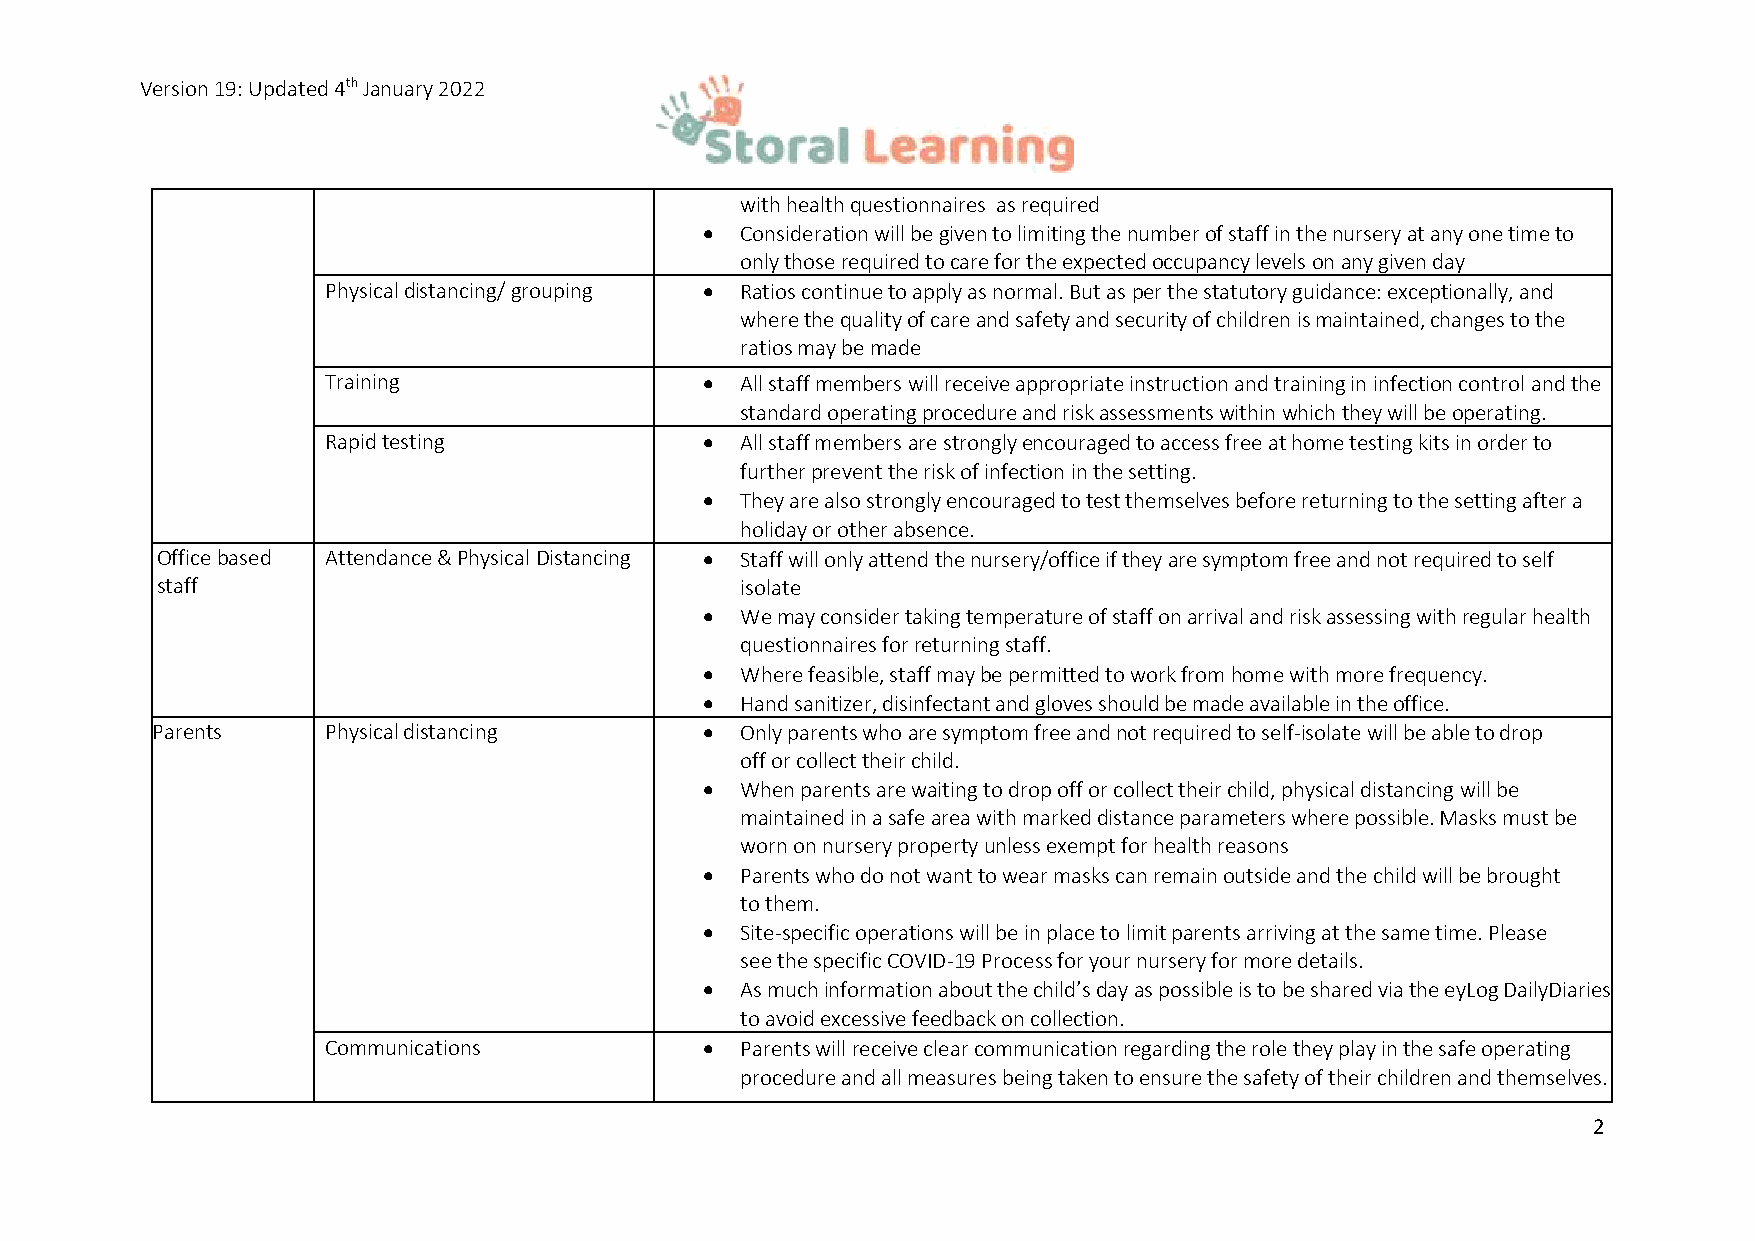
Version 19: Updated 4th January 2022
 with health questionnaires as required
 • Consideration will be given to limiting the number of staff in the nursery at any one time to
 only those required to care for the expected occupancy levels on any given day
 Physical distancing/ grouping • Ratios continue to apply as normal. But as per the statutory guidance: exceptionally, and
 where the quality of care and safety and security of children is maintained, changes to the
 ratios may be made
 Training                 • All staff members will receive appropriate instruction and training in infection control and the
 standard operating procedure and risk assessments within which they will be operating.
 Rapid testing            • All staff members are strongly encouraged to access free at home testing kits in order to
 further prevent the risk of infection in the setting.
 • They are also strongly encouraged to test themselves before returning to the setting after a
 holiday or other absence.
 Office based Attendance & Physical Distancing • Staff will only attend the nursery/office if they are symptom free and not required to self
 staff                                  isolate
 • We may consider taking temperature of staff on arrival and risk assessing with regular health
 questionnaires for returning staff.
 • Where feasible, staff may be permitted to work from home with more frequency.
 • Hand sanitizer, disinfectant and gloves should be made available in the office.
 Parents     Physical distancing      • Only parents who are symptom free and not required to self-isolate will be able to drop
 off or collect their child.
 • When parents are waiting to drop off or collect their child, physical distancing will be
 maintained in a safe area with marked distance parameters where possible. Masks must be
 worn on nursery property unless exempt for health reasons
 • Parents who do not want to wear masks can remain outside and the child will be brought
 to them.
 • Site-specific operations will be in place to limit parents arriving at the same time. Please
 see the specific COVID-19 Process for your nursery for more details.
 • As much information about the child’s day as possible is to be shared via the eyLog Daily Diaries
 to avoid excessive feedback on collection.
 Communications           • Parents will receive clear communication regarding the role they play in the safe operating
 procedure and all measures being taken to ensure the safety of their children and themselves.
 2